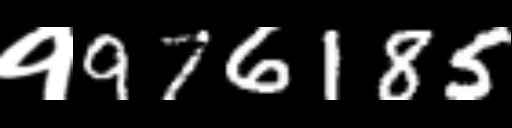
Text: १976185